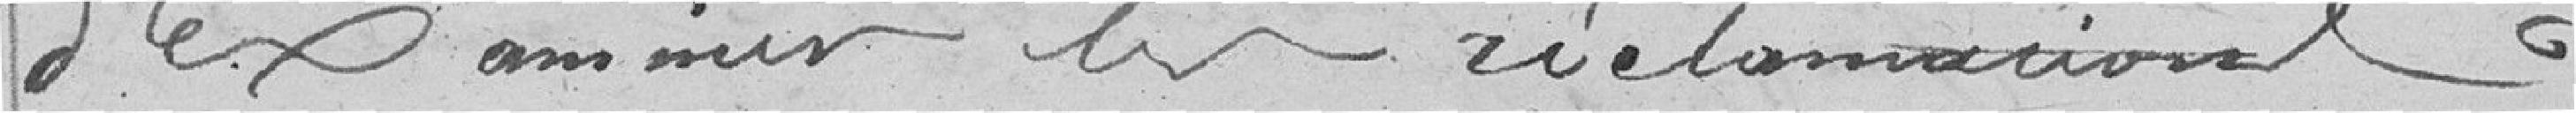
d'examiner les réclamations